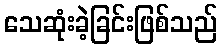
သေဆုံးခဲ့ခြင်းဖြစ်သည်